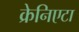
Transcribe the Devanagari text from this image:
क्रेनिएटा